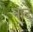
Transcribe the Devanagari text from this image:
नांदे